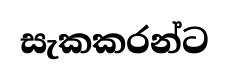
සැකකරන්ට